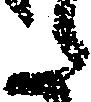
た